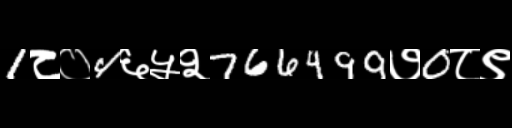
Text: 1८०4६५२766499७0८९